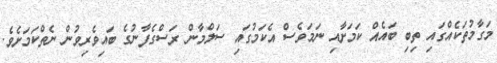
މަގާމުތަކެއްގައި ތިބި ބައެއް ކަމަށާއި ނަމަވެސް އެކަމުގައި ސަލްމާން ރަސްގެފާނުގެ ބައިވެރިވުން ނެތްކަމަށެވެ.